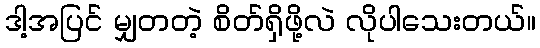
ဒါ့အပြင် မျှတတဲ့ စိတ်ရှိဖို့လဲ လိုပါသေးတယ်။